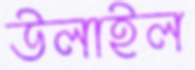
উলাইল